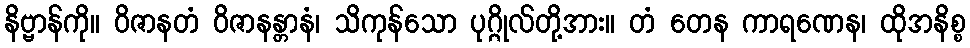
နိဗ္ဗာန်ကို။ ဝိဇာနတံ ဝိဇာနန္တာနံ၊ သိကုန်သော ပုဂ္ဂိုလ်တို့အား။ တံ တေန ကာရဏေန၊ ထိုအနိစ္စ